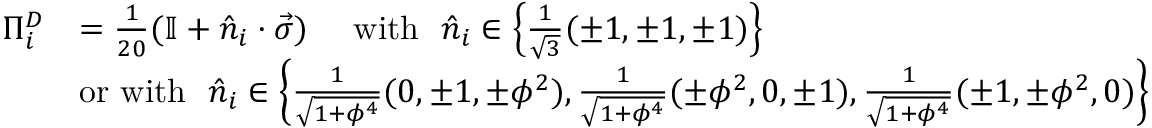
\begin{array} { r l } { { \Pi } _ { i } ^ { D } } & { = \frac { 1 } { 2 0 } ( \mathbb { I } + \hat { n } _ { i } \cdot \vec { \sigma } ) ~ ~ ~ ~ \mathrm { w i t h } ~ ~ \hat { n } _ { i } \in \left\{ \frac { 1 } { \sqrt { 3 } } ( \pm 1 , \pm 1 , \pm 1 ) \right\} } \\ & { \mathrm { o r ~ w i t h } ~ ~ \hat { n } _ { i } \in \left\{ \frac { 1 } { \sqrt { 1 + \phi ^ { 4 } } } ( 0 , \pm 1 , \pm \phi ^ { 2 } ) , \frac { 1 } { \sqrt { 1 + \phi ^ { 4 } } } ( \pm \phi ^ { 2 } , 0 , \pm 1 ) , \frac { 1 } { \sqrt { 1 + \phi ^ { 4 } } } ( \pm 1 , \pm \phi ^ { 2 } , 0 ) \right\} } \end{array}